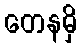
တေနမှိ